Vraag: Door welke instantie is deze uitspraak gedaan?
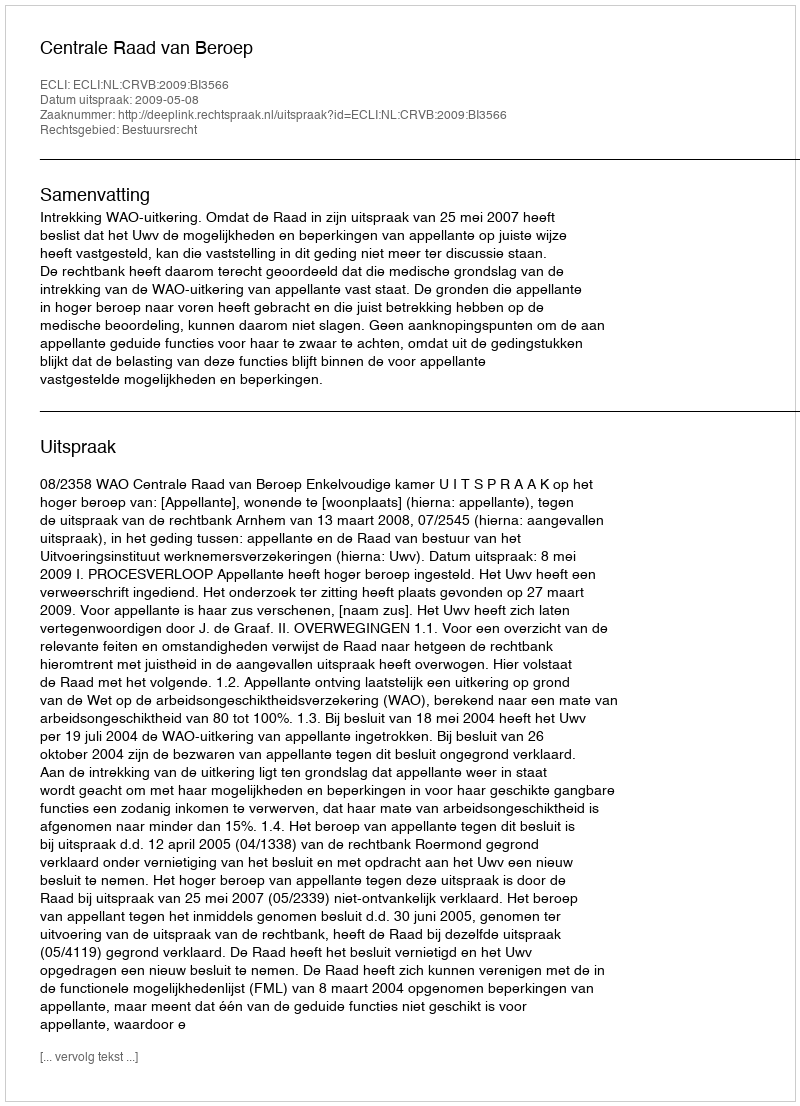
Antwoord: Centrale Raad van Beroep